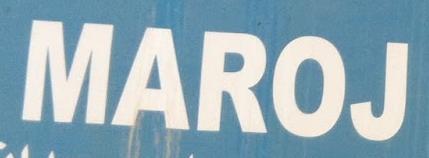
maroj